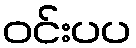
ဝင်းပပ